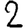
Digit: 2